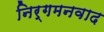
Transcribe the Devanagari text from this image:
निर्गमनवाद